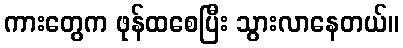
ကားတွေက ဖုန်ထစေပြီး သွားလာနေတယ်။